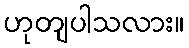
ဟုတျပါသလား။